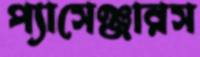
প্যাসেঞ্জারস